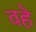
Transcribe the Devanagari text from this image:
वहे